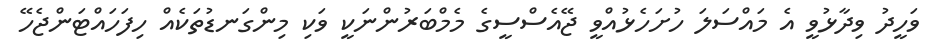
ވަހީދު ވިދާޅުވީ އެ މައްސަލަ ހުށަހެޅުއްވީ ޖޭއެސްސީގެ މެމްބަރުންނަކީ ވަކި މިންގަނޑުތަކެއް ހިފަހައްޓަންޖެހޭ